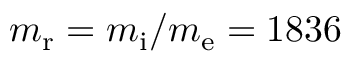
m _ { \mathrm { r } } = m _ { \mathrm { i } } / m _ { \mathrm { e } } = 1 8 3 6